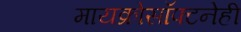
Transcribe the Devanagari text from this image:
मायक्रोसॉफ्टनेही